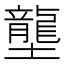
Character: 壟